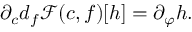
\partial _ { c } d _ { f } \mathscr { F } ( c , f ) [ h ] = \partial _ { \varphi } h .